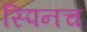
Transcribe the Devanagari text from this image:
स्पिनच